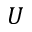
\boldsymbol { U }